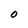
Character: O